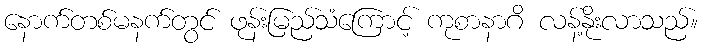
နောက်တစ်မနက်တွင် ဖုန်းမြည်သံကြောင့် ကုစာနာဂိ လန့်နိုးလာသည်။